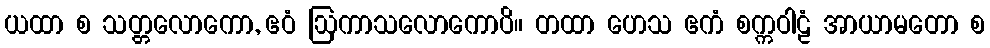
ယထာ စ သတ္တလောကော, ဧဝံ ဩကာသလောကောပိ။ တထာ ဟေသ ဧကံ စက္ကဝါဠံ အာယာမတော စ